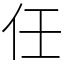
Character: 任